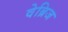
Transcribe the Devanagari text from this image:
वेब्रिज